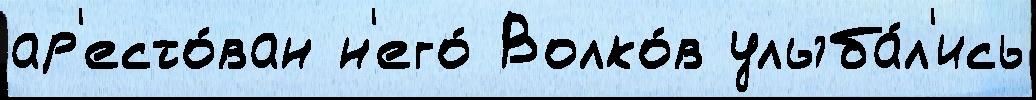
ар'есто́ван н'его́ Волко́в улыба́л'ись